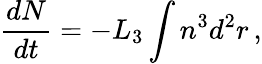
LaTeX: \frac{dN}{dt}=-L_{3}\int n^{3}d^{2}r\, ,